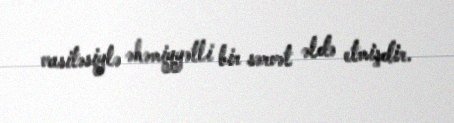
vasitəsiylə əhəmiyyətli bir sərvət əldə etmişdir.